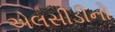
એલસીડીનો